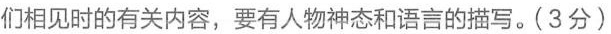
们相见时的有关内容，要有人物神态和语言的描写。(3分)